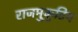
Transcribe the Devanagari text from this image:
राजमुकुटिय